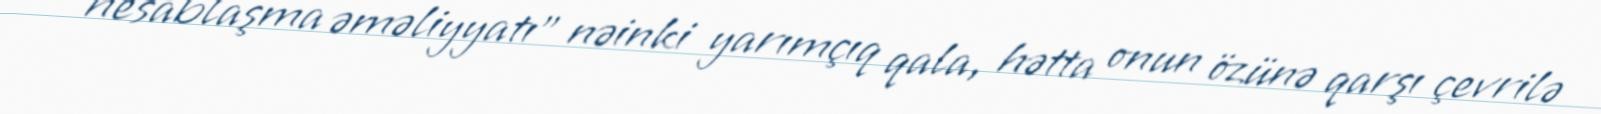
“hesablaşma əməliyyatı” nəinki yarımçıq qala, hətta onun özünə qarşı çevrilə